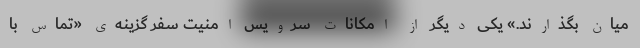
میان بگذارند.» یکی دیگر از امکانات سرویس امنیت سفر گزینه‌ی «تماس با